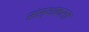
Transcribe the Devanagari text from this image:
संस्थाकरता